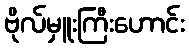
ဗိုလ်မှူးကြီးဟောင်း